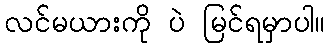
လင်မယားကို ပဲ မြင်ရမှာပါ။